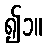
၍၁။